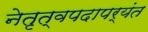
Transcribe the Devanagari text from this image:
नेतृत्वपदापर्यंत